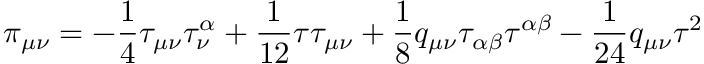
\pi _ { \mu \nu } = - \frac { 1 } { 4 } \tau _ { \mu \nu } \tau _ { \nu } ^ { \alpha } + \frac { 1 } { 1 2 } \tau \tau _ { \mu \nu } + \frac { 1 } { 8 } q _ { \mu \nu } \tau _ { \alpha \beta } \tau ^ { \alpha \beta } - \frac { 1 } { 2 4 } q _ { \mu \nu } \tau ^ { 2 }